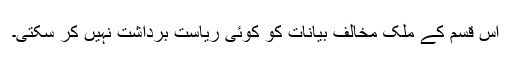
اس قسم کے ملک مخالف بیانات کو کوئی ریاست برداشت نہیں کر سکتی۔